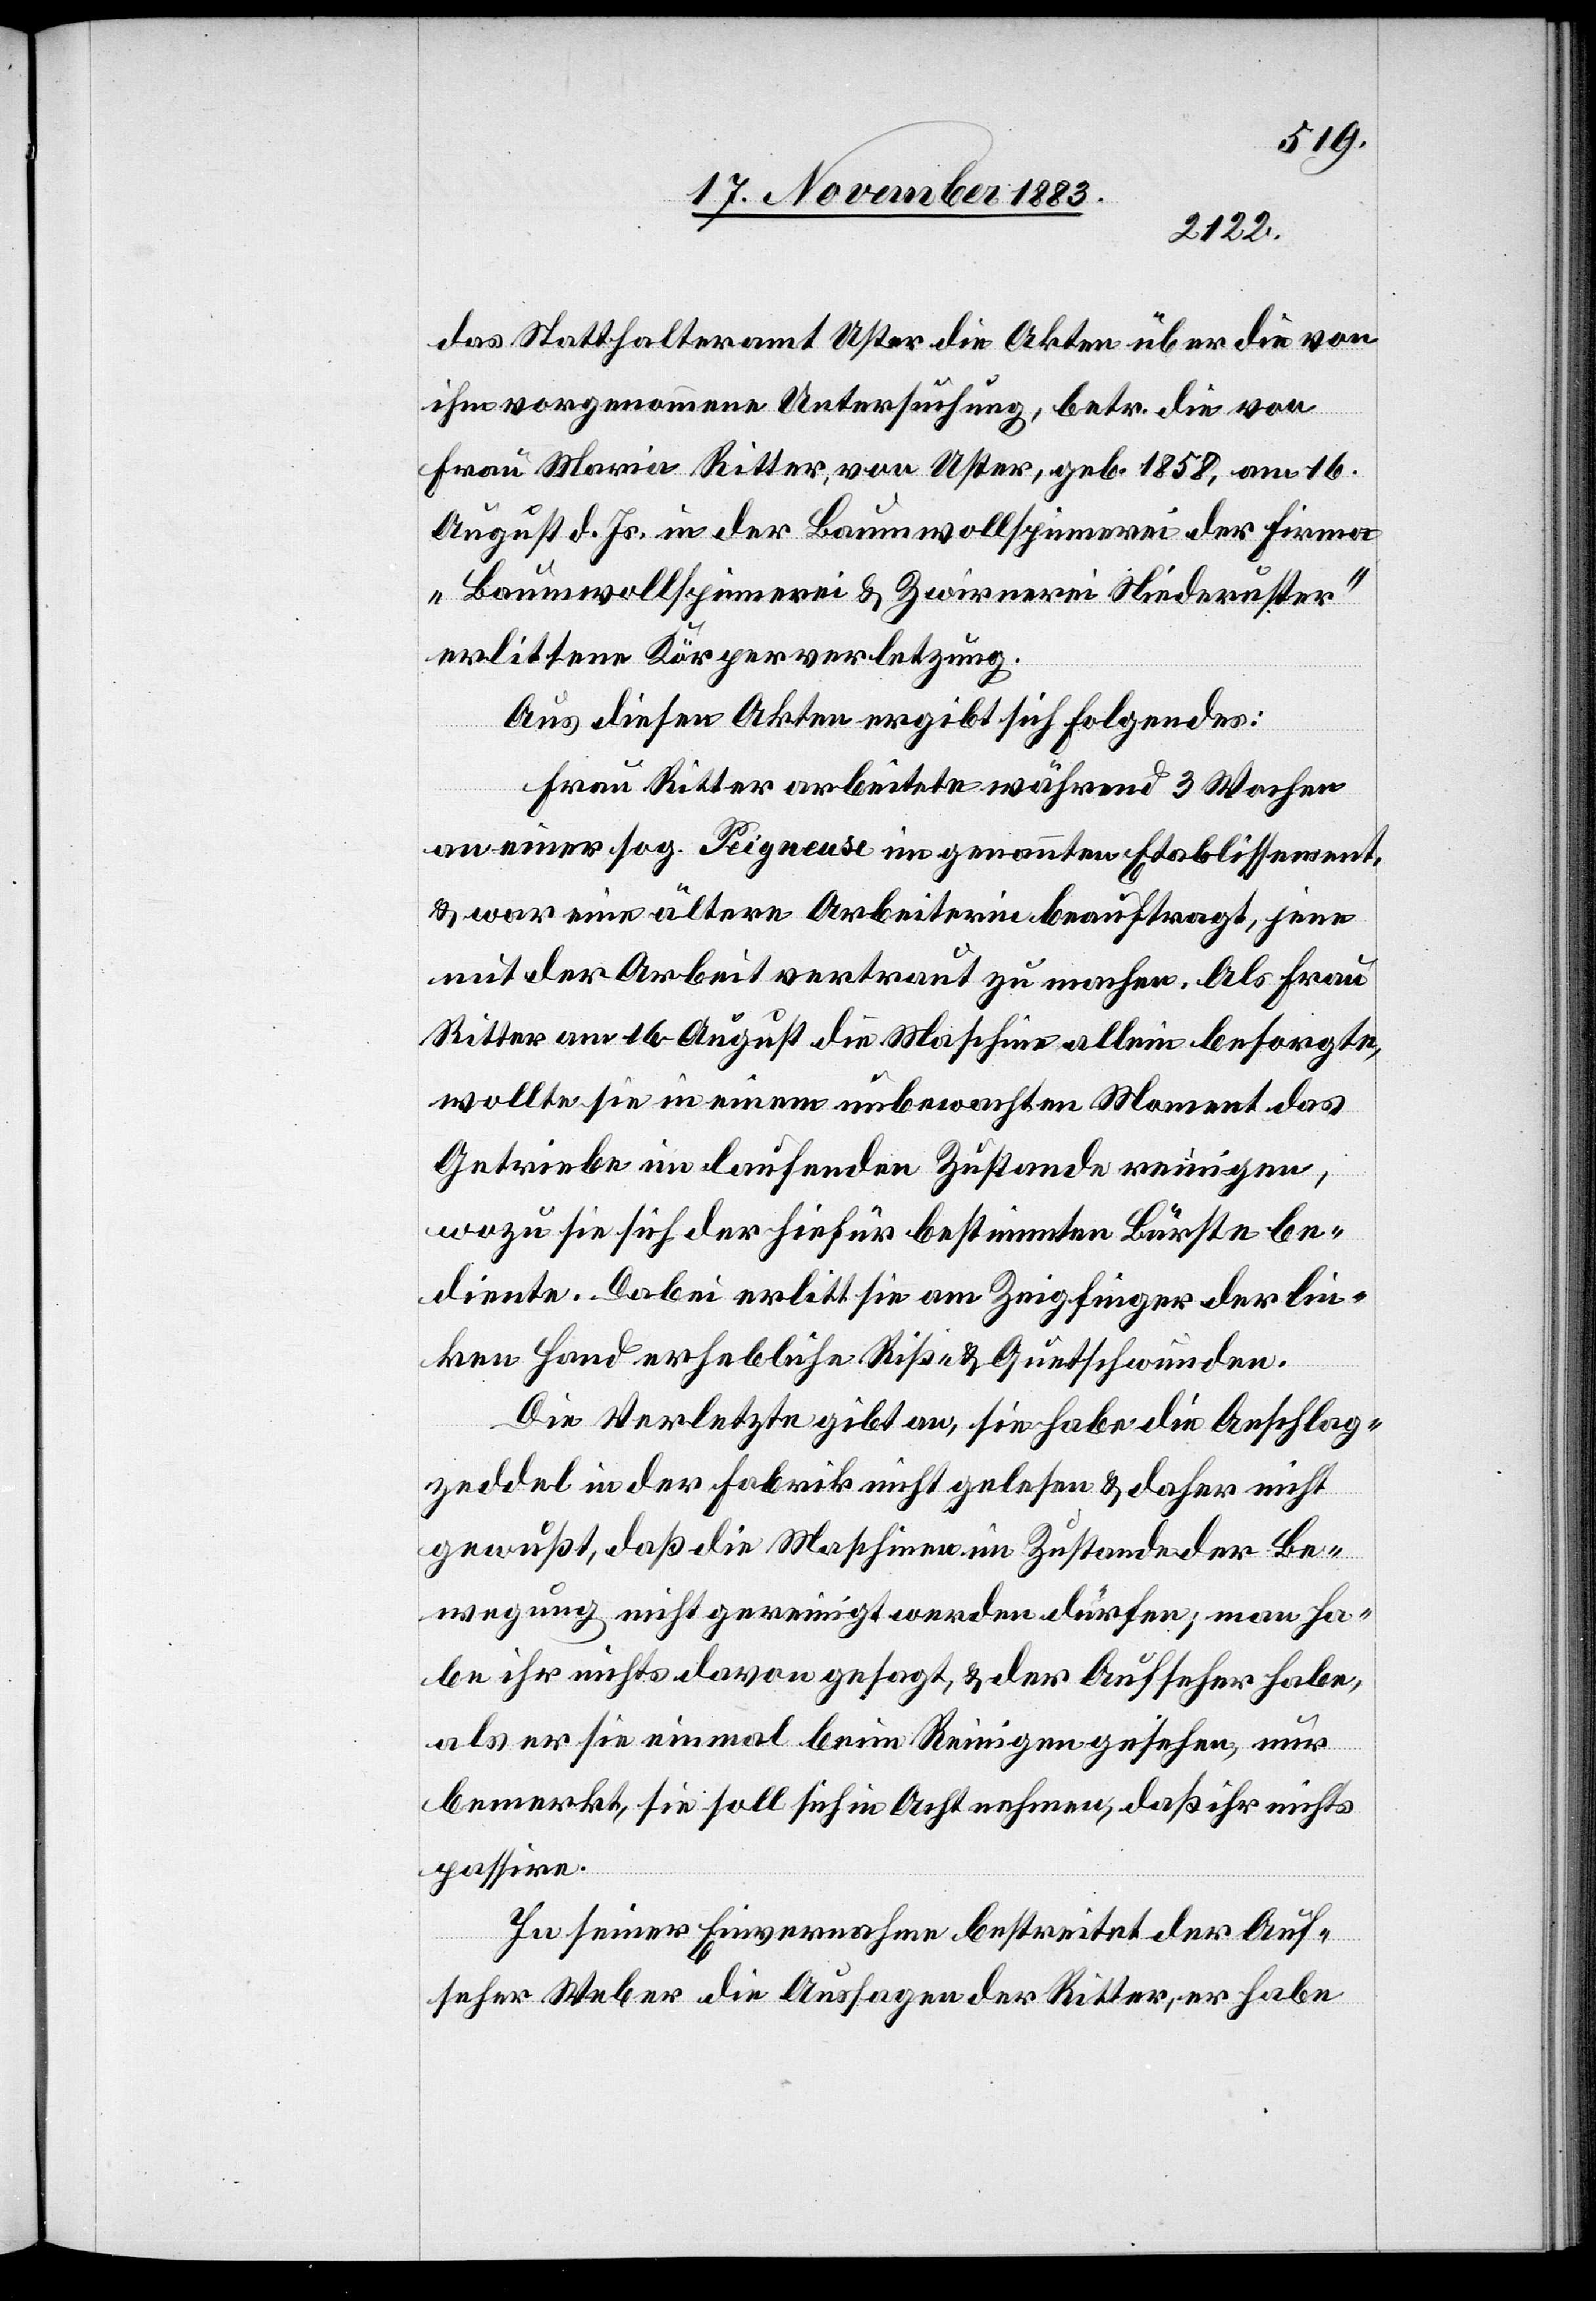
das Statthalteramt Uster die Akten über die von
ihm vorgenommene Untersuchung, betr. die von
Frau Maria Ritter, von Uster, geb. 1858, am 16.
August d. Js. in der Baumwollspinnerei der Firma
„Baumwollspinnerei & Zwirnerei Niederuster“
erlittene Körperverletzung.
Aus diesen Akten ergibt sich folgendes:
Frau Ritter arbeitete während 3 Wochen
an einer sog. Peigneuse im gesammten Etablissement,
& war eine ältere Arbeiterin beauftragt, jene
mit der Arbeit vertraut zu machen. Als Frau
Ritter am 16. August die Maschine allein besorgte,
wollte sie in einem unbewachten Moment das
Getriebe im laufenden Zustande reinigen,
wozu sie sich der hiefür bestimmten Bürste be¬
diente. Dabei erlitt sie am Zeigfinger der lin¬
ken Hand erhebliche Riß- & Quetschwunden.
Die Verletzte gibt an, sie habe die Anschlag¬
zeddel in der Fabrik nicht gelesen & daher nicht
gewußt, daß die Maschinen im Zustande der Be¬
wegung nicht gereinigt werden dürfen; man ha¬
be ihr nichts davon gesagt, & der Aufseher habe,
als er sie einmal beim Reinigen gesehen, nur
bemerkt, sie soll sich in Acht nehmen, daß ihr nichts
passire.
In seiner Einvernahme bestreite der Auf¬
seher Weber die Aussagen der Ritter, er habe